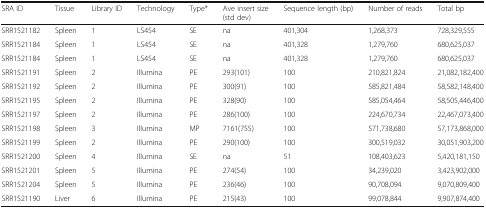
<table><thead><tr><td><b>SRA ID</b></td><td><b>Tissue</b></td><td><b>Library ID</b></td><td><b>Technology</b></td><td><b>Type*</b></td><td><b>Ave insert size (std dev)</b></td><td><b>Sequence length (bp)</b></td><td><b>Number of reads</b></td><td><b>Total bp</b></td></tr></thead><tbody><tr><td>SRR1521182</td><td>Spleen</td><td>1</td><td>LS454</td><td>SE</td><td>na</td><td>401,304</td><td>1,268,373</td><td>728,329,555</td></tr><tr><td>SRR1521184</td><td>Spleen</td><td>1</td><td>LS454</td><td>SE</td><td>na</td><td>401,328</td><td>1,279,760</td><td>680,625,037</td></tr><tr><td>SRR1521184</td><td>Spleen</td><td>1</td><td>LS454</td><td>SE</td><td>na</td><td>401,328</td><td>1,279,760</td><td>680,625,037</td></tr><tr><td>SRR1521191</td><td>Spleen</td><td>2</td><td>Illumina</td><td>PE</td><td>293(101)</td><td>100</td><td>210,821,824</td><td>21,082,182,400</td></tr><tr><td>SRR1521192</td><td>Spleen</td><td>2</td><td>Illumina</td><td>PE</td><td>300(91)</td><td>100</td><td>585,821,484</td><td>58,582,148,400</td></tr><tr><td>SRR1521195</td><td>Spleen</td><td>2</td><td>Illumina</td><td>PE</td><td>328(90)</td><td>100</td><td>585,054,464</td><td>58,505,446,400</td></tr><tr><td>SRR1521197</td><td>Spleen</td><td>2</td><td>Illumina</td><td>PE</td><td>286(100)</td><td>100</td><td>224,670,734</td><td>22,467,073,400</td></tr><tr><td>SRR1521198</td><td>Spleen</td><td>3</td><td>Illumina</td><td>MP</td><td>7161(755)</td><td>100</td><td>571,738,680</td><td>57,173,868,000</td></tr><tr><td>SRR1521199</td><td>Spleen</td><td>2</td><td>Illumina</td><td>PE</td><td>290(100)</td><td>100</td><td>300,519,032</td><td>30,051,903,200</td></tr><tr><td>SRR1521200</td><td>Spleen</td><td>4</td><td>Illumina</td><td>SE</td><td>na</td><td>51</td><td>108,403,623</td><td>5,420,181,150</td></tr><tr><td>SRR1521201</td><td>Spleen</td><td>5</td><td>Illumina</td><td>PE</td><td>274(54)</td><td>100</td><td>34,239,020</td><td>3,423,902,000</td></tr><tr><td>SRR1521204</td><td>Spleen</td><td>5</td><td>Illumina</td><td>PE</td><td>236(46)</td><td>100</td><td>90,708,094</td><td>9,070,809,400</td></tr><tr><td>SRR1521190</td><td>Liver</td><td>6</td><td>Illumina</td><td>PE</td><td>215(43)</td><td>100</td><td>99,078,844</td><td>9,907,874,400</td></tr></tbody></table>